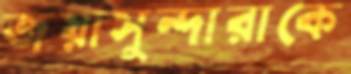
জয়াসুন্দারাকে